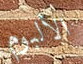
الألبوم